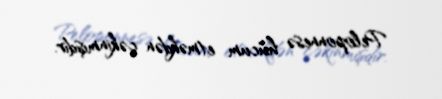
Peloponnesə hücum etməkdən çəkinmişdir.